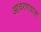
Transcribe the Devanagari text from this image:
आचरणवाला